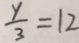
\frac { y } { 3 } = 1 2